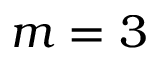
m = 3